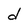
Character: d